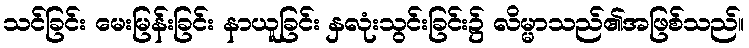
သင်ခြင်း မေးမြန်းခြင်း နာယူခြင်း နှလုံးသွင်းခြင်း၌ လိမ္မာသည်၏အဖြစ်သည်။